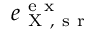
e _ { \mathrm { ~ X ~ , ~ s ~ r ~ } } ^ { \mathrm { ~ e ~ x ~ } }